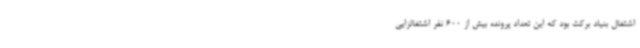
اشتغال بنیاد برکت بود که این تعداد پرونده بیش از 600 نفر اشتغالزایی